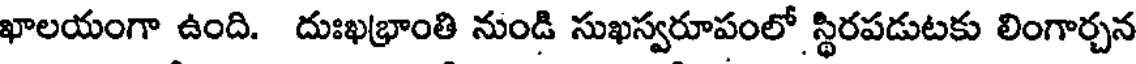
ఖాలయంగా ఉంది. దుఃఖభ్రాంతి నుండి సుఖస్వరూపంలో స్థిరపడుటకు లింగార్చన